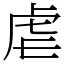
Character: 虐